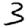
Digit: 3